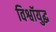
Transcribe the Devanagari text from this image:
विश्वॉयुद्ध